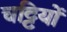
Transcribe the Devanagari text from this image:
चट्टियों